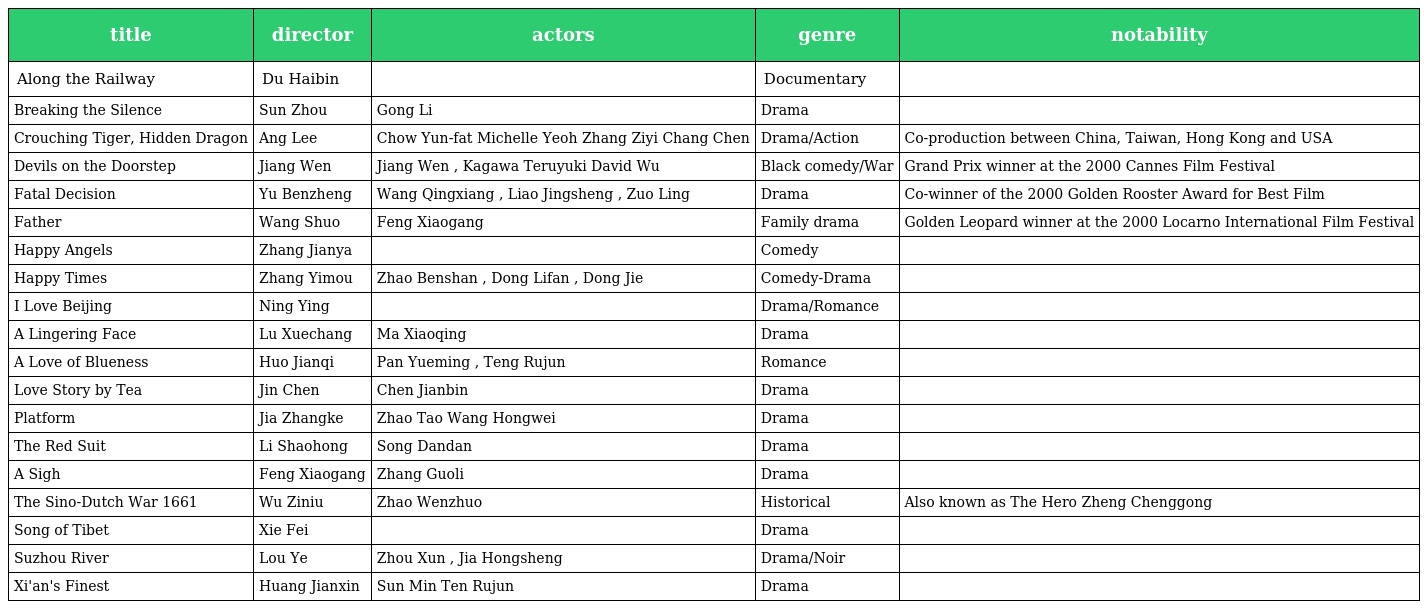
| title | director | actors | genre | notability |
 | --- | --- | --- | --- | --- |
 | Along the Railway | Du Haibin |  | Documentary |  |
 | Breaking the Silence | Sun Zhou | Gong Li | Drama |  |
 | Crouching Tiger, Hidden Dragon | Ang Lee | Chow Yun-fat Michelle Yeoh Zhang Ziyi Chang Chen | Drama/Action | Co-production between China, Taiwan, Hong Kong and USA |
 | Devils on the Doorstep | Jiang Wen | Jiang Wen , Kagawa Teruyuki David Wu | Black comedy/War | Grand Prix winner at the 2000 Cannes Film Festival |
 | Fatal Decision | Yu Benzheng | Wang Qingxiang , Liao Jingsheng , Zuo Ling | Drama | Co-winner of the 2000 Golden Rooster Award for Best Film |
 | Father | Wang Shuo | Feng Xiaogang | Family drama | Golden Leopard winner at the 2000 Locarno International Film Festival |
 | Happy Angels | Zhang Jianya |  | Comedy |  |
 | Happy Times | Zhang Yimou | Zhao Benshan , Dong Lifan , Dong Jie | Comedy-Drama |  |
 | I Love Beijing | Ning Ying |  | Drama/Romance |  |
 | A Lingering Face | Lu Xuechang | Ma Xiaoqing | Drama |  |
 | A Love of Blueness | Huo Jianqi | Pan Yueming , Teng Rujun | Romance |  |
 | Love Story by Tea | Jin Chen | Chen Jianbin | Drama |  |
 | Platform | Jia Zhangke | Zhao Tao Wang Hongwei | Drama |  |
 | The Red Suit | Li Shaohong | Song Dandan | Drama |  |
 | A Sigh | Feng Xiaogang | Zhang Guoli | Drama |  |
 | The Sino-Dutch War 1661 | Wu Ziniu | Zhao Wenzhuo | Historical | Also known as The Hero Zheng Chenggong |
 | Song of Tibet | Xie Fei |  | Drama |  |
 | Suzhou River | Lou Ye | Zhou Xun , Jia Hongsheng | Drama/Noir |  |
 | Xi'an's Finest | Huang Jianxin | Sun Min Ten Rujun | Drama |  |